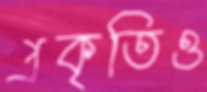
প্রকৃতিও